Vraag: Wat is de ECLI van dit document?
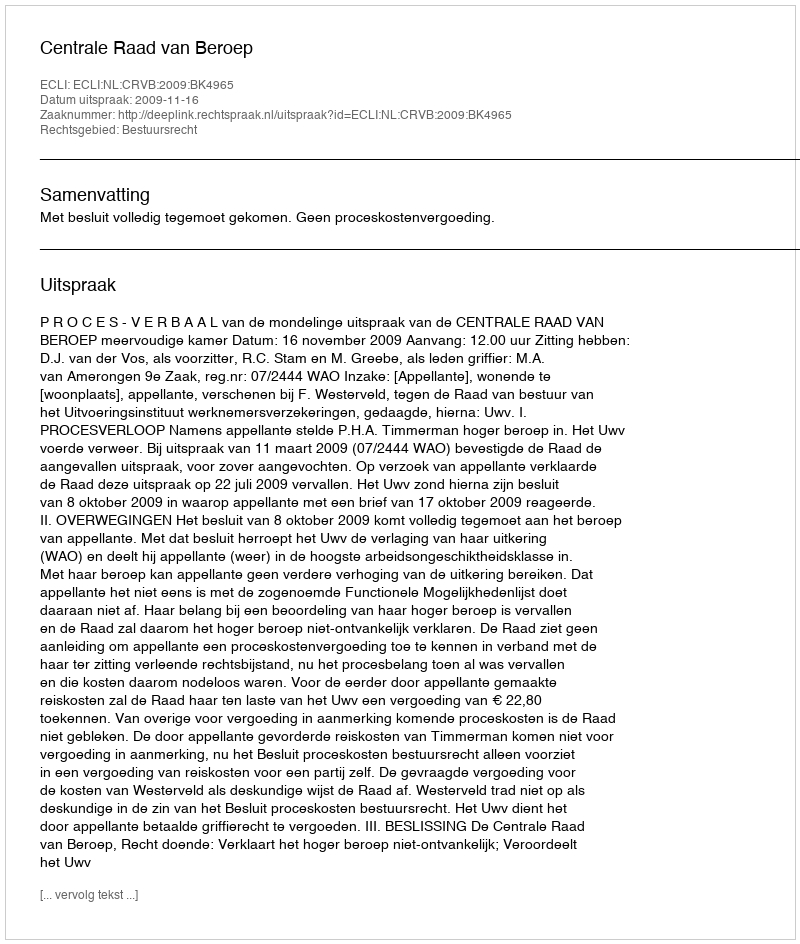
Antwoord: ECLI:NL:CRVB:2009:BK4965